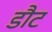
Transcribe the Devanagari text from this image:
डौट